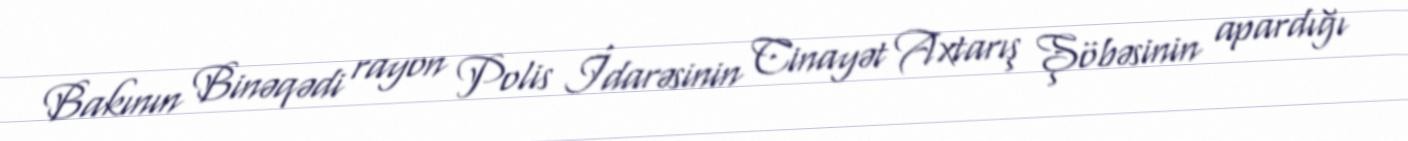
Bakının Binəqədi rayon Polis İdarəsinin Cinayət Axtarış Şöbəsinin apardığı